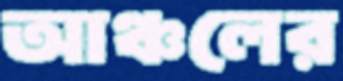
আঞ্চলের